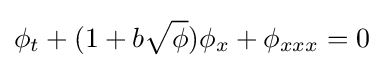
\phi _{t}+(1+b{\sqrt {\phi }})\phi _{x}+\phi _{xxx}=0